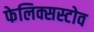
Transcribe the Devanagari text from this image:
फेलिक्सस्टोव